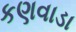
કણવાડા